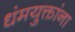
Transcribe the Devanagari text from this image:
धंमयुक्तांना